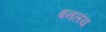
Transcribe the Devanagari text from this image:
बनलंय